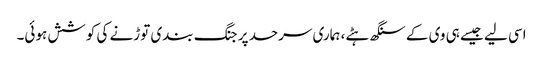
اسی لیے جیسے ہی وی کے سنگھ ہٹے، ہماری سرحد پر جنگ بندی توڑنے کی کوشش ہوئی۔